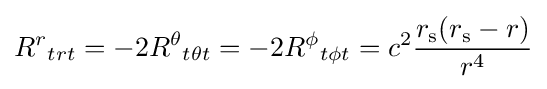
R^{r}{}_{trt}=-2R^{\theta }{}_{t\theta t}=-2R^{\phi }{}_{t\phi t}=c^{2}{\frac {r_{\text{s}}(r_{\text{s}}-r)}{r^{4}}}